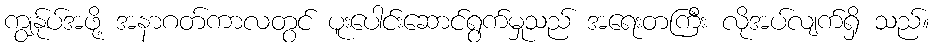
ကျွန်ုပ်အဖို့ အနာဂတ်ကာလတွင် ပူးပေါင်းဆောင်ရွက်မှုသည် အရေးတကြီး လိုအပ်လျက်ရှိ သည်။